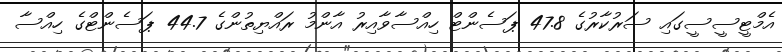
އެމްޓީސީސީގައި ސަރުކާރުގެ 47.8 ޕަސެންޓް ހިއްސާވާއިރު އާންމު ރައްޔިތުންގެ 44.7 ޕަސެންޓްގެ ހިއްސާ